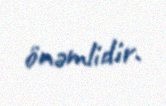
önəmlidir.